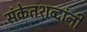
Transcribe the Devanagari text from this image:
संकेतशब्दांनी